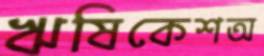
ঋষিকেশঅ